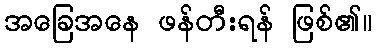
အခြေအနေ ဖန်တီးရန် ဖြစ်၏။